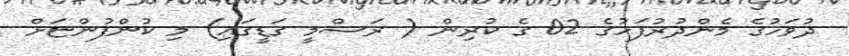
ދުވަހުގެ މެންދުރުފަހުގެ 02 ގެ ކުރިން ( ރަސްމީ ގަޑީގައި) މި ކުންފުންޏަށް